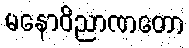
မနောဝိညာဏတော